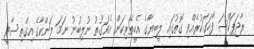
ރާޖަޕަކްސަ ފާހަގަކުރެއްވި ގޮތުގައި ލީބިޔާގެ އެހީތެރިކަން އެވަގުތު ނުލިބުނު ނަމަ ލަންކާގެ އިގްތިސާދީ